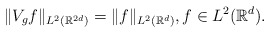
\begin{align*} \lVert V_g f\rVert_{{L^2({\mathbb{R}^{2d}})}}=\lVert f\rVert_{{L^2({\mathbb{R}^d})}}, f \in {L^2({\mathbb{R}^d})}.\end{align*}